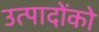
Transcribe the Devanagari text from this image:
उत्पादोंको